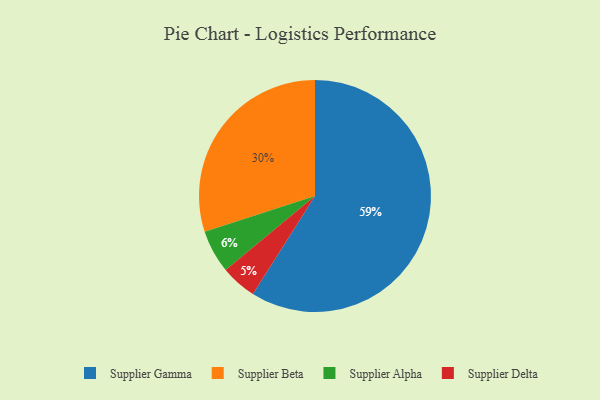
{"axis": {"x": "Category", "y": "Percentage"}, "legend": ["Supplier Alpha", "Supplier Beta", "Supplier Delta", "Supplier Gamma"], "data": [{"x": "Supplier Gamma", "y": 59, "type": "Supplier Gamma"}, {"x": "Supplier Beta", "y": 30, "type": "Supplier Beta"}, {"x": "Supplier Alpha", "y": 6, "type": "Supplier Alpha"}, {"x": "Supplier Delta", "y": 5, "type": "Supplier Delta"}]}